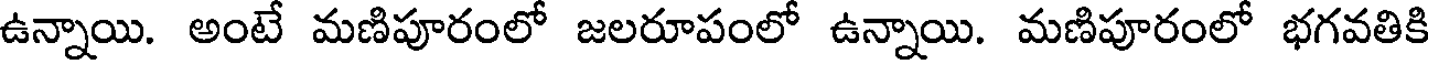
ఉన్నాయి. అంటే మణిపూరంలో జలరూపంలో ఉన్నాయి. మణిపూరంలో భగవతికి